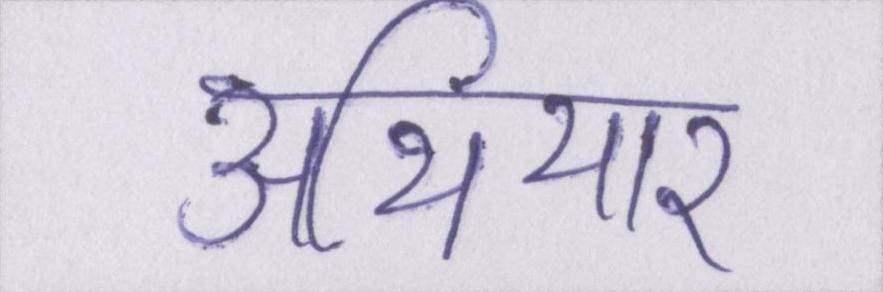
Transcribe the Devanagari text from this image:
अथियार